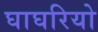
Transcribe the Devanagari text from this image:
घाघरियो